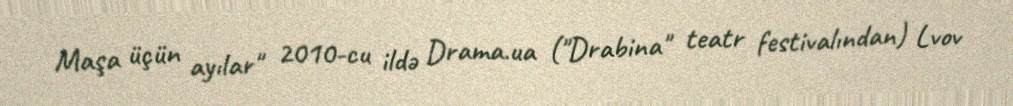
Maşa üçün ayılar" 2010-cu ildə Drama.ua ("Drabina" teatr festivalından) Lvov